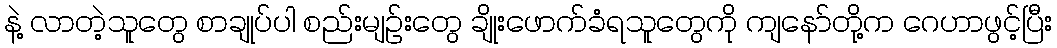
နဲ့ လာတဲ့သူတွေ စာချုပ်ပါ စည်းမျဉ်းတွေ ချိုးဖောက်ခံရသူတွေကို ကျနော်တို့က ဂေဟာဖွင့်ပြီး